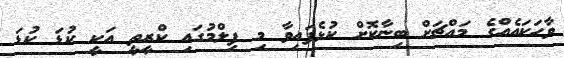
ވާހަކައެއްގެ މައްޗަށް ބިނާކޮށް ކުޅެފައިވާ މި ފިލްމުގައި ކްރީތީ އަކީ ކުޑަ ކުޑަ